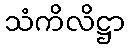
သံကိလိဋ္ဌာ